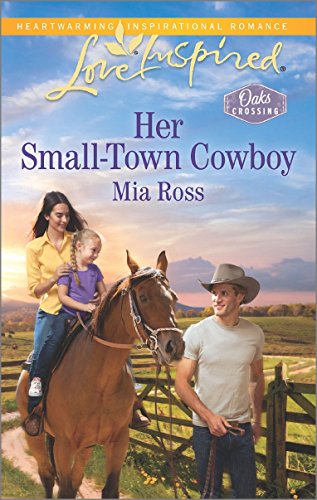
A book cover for Her Small-Town Cowboy (Oaks Crossing); Mia Ross; Romance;